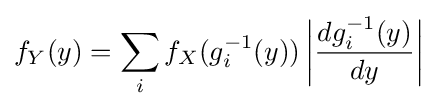
f_{Y}(y)=\sum _{i}f_{X}(g_{i}^{-1}(y))\left|{\frac {dg_{i}^{-1}(y)}{dy}}\right|